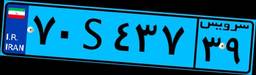
۶۵S۵۱۳۷۴